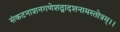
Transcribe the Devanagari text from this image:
संकटनाशनगणेशद्वादशनामस्तोत्रम्।।